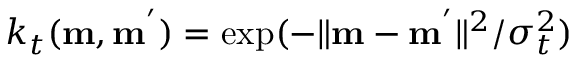
k _ { t } ( \mathbf { m } , \mathbf { m } ^ { ' } ) = \exp ( { - \| \mathbf { m } - \mathbf { m } ^ { ' } \| ^ { 2 } / \sigma _ { t } ^ { 2 } } )